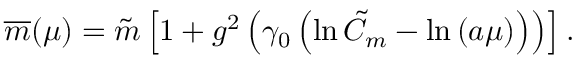
\overline { { { m } } } ( \mu ) = \tilde { m } \left[ 1 + g ^ { 2 } \left( \gamma _ { 0 } \left( \ln \tilde { C } _ { m } - \ln \left( a \mu \right) \right) \right) \right] .